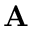
\textbf { A }